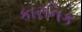
કારનિક